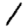
Digit: 1